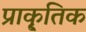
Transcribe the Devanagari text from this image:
प्राकृ्तिक